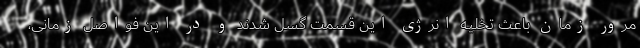
مرور زمان باعث تخلیه انرژی این قسمت گسل شدند و در این فواصل زمانی،